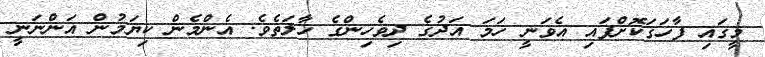
މީގައި ފާހަގަކޮށްފައި އެވަނީ ހަމަ އަދުގެ ދިވެހިންގެ ހާލަތެވެ. އެންމެން ކިޔަމުން އަންނަނީ